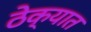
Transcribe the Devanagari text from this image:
ठेक्यात